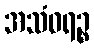
အသံဝရဉ္စ